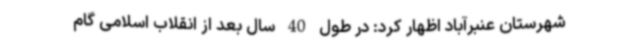
شهرستان عنبرآباد اظهار کرد: در طول 40 سال بعد از انقلاب اسلامی گام